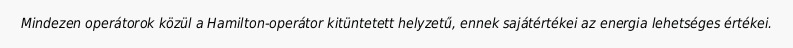
Mindezen operátorok közül a Hamilton-operátor kitüntetett helyzetű, ennek sajátértékei az energia lehetséges értékei.